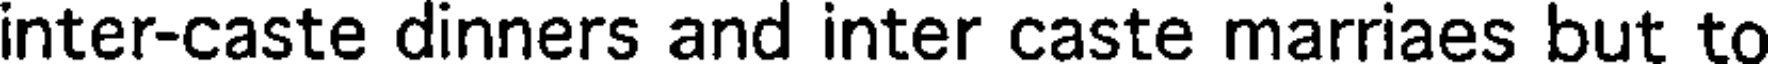
inter-caste dinners and inter caste marriaes but to